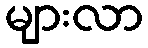
များလာ